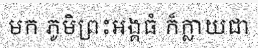
មក ភូមិព្រះអង្គធំ ក៏ក្លាយជា